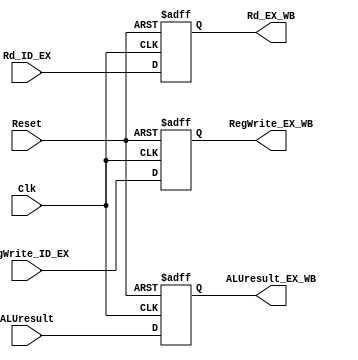
`timescale 1ns / 1ps
//////////////////////////////////////////////////////////////////////////////////
// Company: 
// Engineer: 
// 
// Design Name: 
// Module Name: EX_WB
// Project Name: 
// Target Devices: 
// Tool Versions: 
// Description: 
// 
// Dependencies: 
// 
// Revision:
// Revision 0.01 - File Created
// Additional Comments:
// 
//////////////////////////////////////////////////////////////////////////////////

module EX_WB(
input Clk,Reset,
input RegWrite_ID_EX,
input [31:0] ALUresult,
input [4:0] Rd_ID_EX,
output reg RegWrite_EX_WB,
output reg [31:0] ALUresult_EX_WB,
output reg [4:0] Rd_EX_WB
);

always @ (posedge Clk, negedge Reset)
begin  
    if( Reset == 0 ) begin
        RegWrite_EX_WB = 1'b0;
        ALUresult_EX_WB = 32'b0;
        Rd_EX_WB = 5'b0;
        end
    else begin
        RegWrite_EX_WB = RegWrite_ID_EX;
        ALUresult_EX_WB = ALUresult;
        Rd_EX_WB = Rd_ID_EX;
        end
end
endmodule